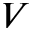
V